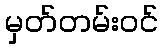
မှတ်တမ်းဝင်